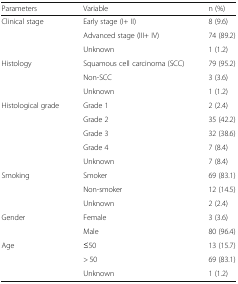
<table><thead><tr><td><b>Parameters</b></td><td><b>Variable</b></td><td><b>n (%)</b></td></tr></thead><tbody><tr><td rowspan="3">Clinical stage</td><td>Early stage (I+ II)</td><td>8 (9.6)</td></tr><tr><td>Advanced stage (III+ IV)</td><td>74 (89.2)</td></tr><tr><td>Unknown</td><td>1 (1.2)</td></tr><tr><td rowspan="3">Histology</td><td>Squamous cell carcinoma (SCC)</td><td>79 (95.2)</td></tr><tr><td>Non-SCC</td><td>3 (3.6)</td></tr><tr><td>Unknown</td><td>1 (1.2)</td></tr><tr><td rowspan="5">Histological grade</td><td>Grade 1</td><td>2 (2.4)</td></tr><tr><td>Grade 2</td><td>35 (42.2)</td></tr><tr><td>Grade 3</td><td>32 (38.6)</td></tr><tr><td>Grade 4</td><td>7 (8.4)</td></tr><tr><td>Unknown</td><td>7 (8.4)</td></tr><tr><td rowspan="3">Smoking</td><td>Smoker</td><td>69 (83.1)</td></tr><tr><td>Non-smoker</td><td>12 (14.5)</td></tr><tr><td>Unknown</td><td>2 (2.4)</td></tr><tr><td rowspan="2">Gender</td><td>Female</td><td>3 (3.6)</td></tr><tr><td>Male</td><td>80 (96.4)</td></tr><tr><td rowspan="3">Age</td><td>≤50</td><td>13 (15.7)</td></tr><tr><td>&gt; 50</td><td>69 (83.1)</td></tr><tr><td>Unknown</td><td>1 (1.2)</td></tr></tbody></table>